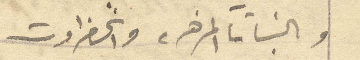
والنبات المزهره والخضراوت